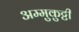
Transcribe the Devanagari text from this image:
अम्मुकुट्टी